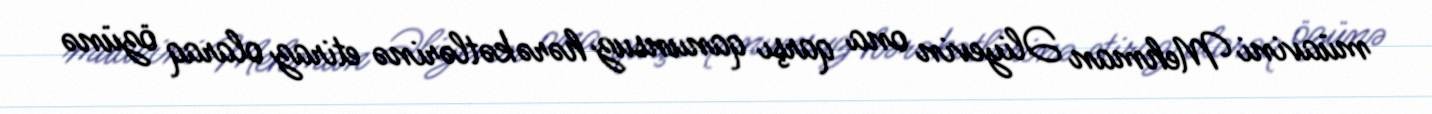
müavini Mehman Əliyevin ona qarşı qanunsuz hərəkətlərinə etiraz olaraq özünə